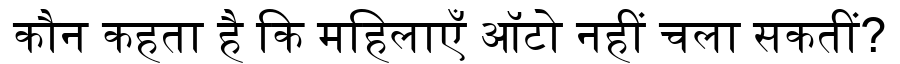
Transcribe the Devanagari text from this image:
कौन कहता है कि महिलाएँ ऑटो नहीं चला सकतीं?